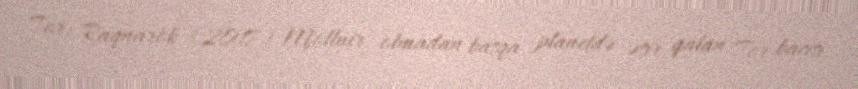
Tor: Raqnarök (2017) Mjollnir olmadan başqa planetdə əsir qalan Tor bacısı